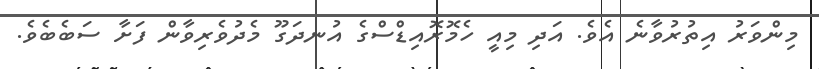
މިންވަރު އިތުރުވާނެ އެވެ. އަދި މިއީ ހެމޮރޮއިޑްސްގެ އުނދަގޫ މެދުވެރިވާން ފަށާ ސަބެބެވެ.